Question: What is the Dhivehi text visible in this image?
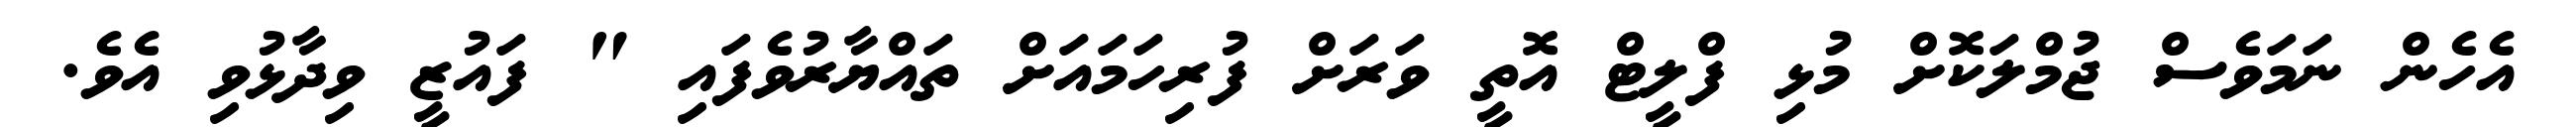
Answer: އެހެން ނަމަވެސް ޖުމްލަކޮށް މުޅި ފްލީޓް އޮތީ ވަރަށް ފުރިހަމައަށް ތައްޔާރުވެފައި " ފައުޒީ ވިދާޅުވި އެވެ.